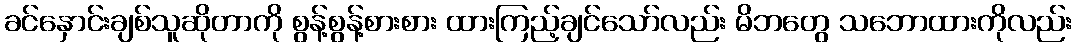
ခင်နှောင်းချစ်သူဆိုတာကို စွန့်စွန့်စားစား ထားကြည့်ချင်သော်လည်း မိဘတွေ သဘောထားကိုလည်း